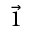
\Vec { 1 }